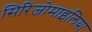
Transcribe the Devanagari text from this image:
सिरिंजोमाइलिया